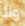
ولا